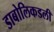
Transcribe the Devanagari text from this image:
डाबोलिकडली